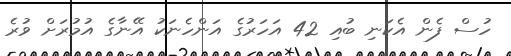
ހުސް ފެން އެކަނި ބުއި 42 އަހަރުގެ އަންހެނަކު އޭނާގެ އުމުރަށް ވުރެ